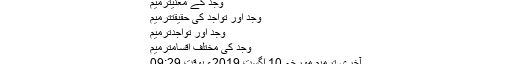
وجد کے معنیترميم
وجد اور تواجد کی حقیقتترميم
وجد اور تواجدترميم
وجد کی مختلف اقسامترميم
آخری ترمیم مورخہ 10 اگست 2019ء بوقت 09:29